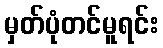
မှတ်ပုံတင်မူရင်း